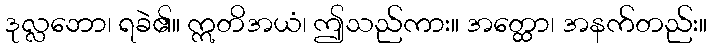
ဒုလ္လဘော၊ ရခဲ၏။ ဣတိအယံ၊ ဤသည်ကား။ အတ္ထော၊ အနက်တည်း။